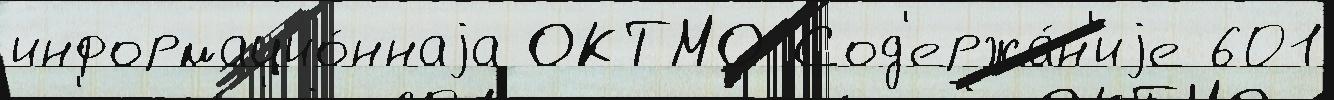
информацио́ннаjа ОКТМО Сод'ержа́н'иjе 601